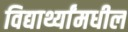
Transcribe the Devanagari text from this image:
विद्यार्थ्यांमधील